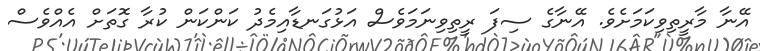
އޭނާ މާރީތިވިކަމަށެވެ. އޭނާގެ ސިފަ ރީތިވިނަމަވެސް އަޅުގަނޑާއިމެދު ކަންކަން ކުރާ ގޮތަށް އެއްވެސް